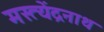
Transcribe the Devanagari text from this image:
मस्त्येंद्रनाथ